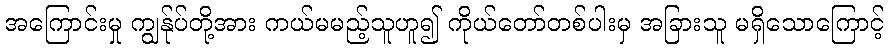
အကြောင်းမှု ကျွန်ုပ်တို့အား ကယ်မမည့်သူဟူ၍ ကိုယ်တော်တစ်ပါးမှ အခြားသူ မရှိသောကြောင့်